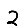
Digit: 2